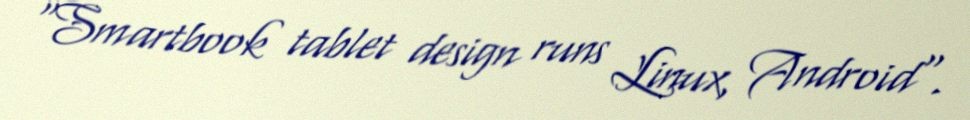
"Smartbook tablet design runs Linux, Android".